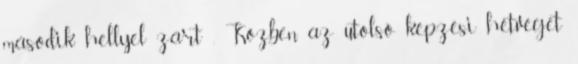
második hellyel zárt . Közben az utolsó képzési hétvégét